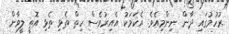
ރުހުމުގައި ދާން ނިންމިއެވެ. އެކަމަކު އެއިރުވެސް ހިތް ތެޅި ތެޅި އޮތީ ލީވާން